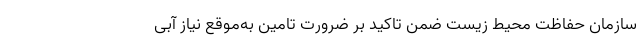
سازمان حفاظت محیط زیست ضمن تاکید بر ضرورت تامین به‌موقع نیاز آبی